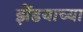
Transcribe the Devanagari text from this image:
झेंडयाच्या